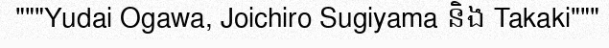
"""Yudai Ogawa, Joichiro Sugiyama និង Takaki"""